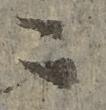
ニ